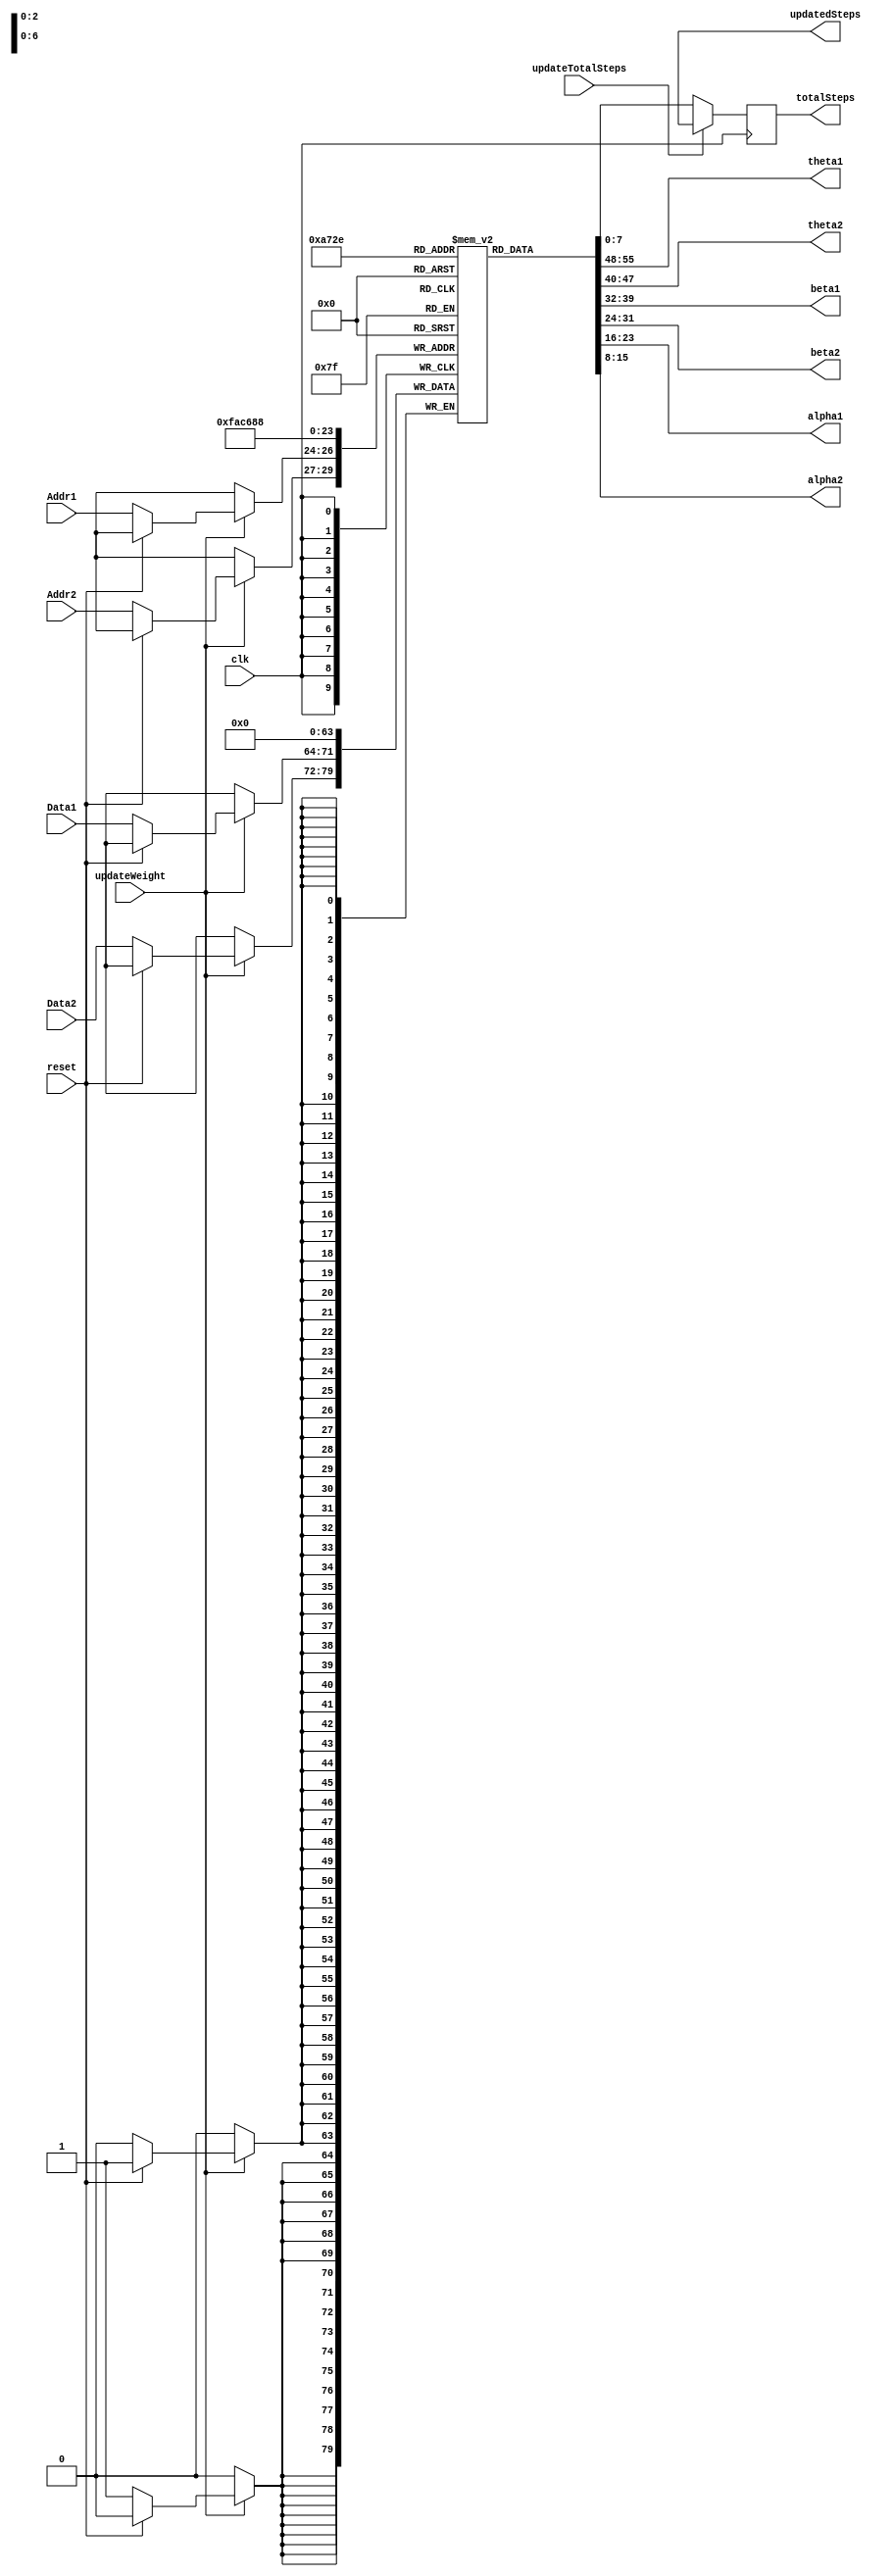
module regFile(
    clk, updateWeight, updateTotalSteps, reset, Addr1, Addr2, Data1, Data2, updatedSteps, 
    theta1, theta2, beta1, beta2, alpha1, alpha2, totalSteps
);

    input  clk;
    input  updateWeight;
    input  updateTotalSteps;
    input  reset;
    input  [2:0] Addr1, Addr2;
    input  [7:0] Data1, Data2;
    output [7:0] theta1, theta2, beta1, beta2, alpha1, alpha2;
    output reg [7:0] totalSteps;
    output [7:0] updatedSteps;

    reg [7:0] registers [7:0];
    initial begin
    registers[0] = 8'd10;  registers[1] = 8'd10;
    registers[2] = 8'd10;  registers[3] = 8'd10;
    registers[4] = 8'd10;  registers[5] = 8'd10;
    registers[6] = 8'd10;  registers[7] = 8'd10;
    end

    integer i;
    always @(posedge clk) begin
        if (updateWeight == 1'b1) begin
            if (reset == 1'b1) begin
                for (i=0; i<8; i++)
                    registers[i] = 8'b0;
            end
            else begin
              registers[Addr1] <= Data1;
              registers[Addr2] <= Data2;
            end
        end
    end
    
    assign theta1     = registers[0];
    assign theta2     = registers[1];
    assign beta1      = registers[2];
    assign beta2      = registers[3];
    assign alpha1     = registers[4];
    assign alpha2     = registers[5];
    
    always @(posedge clk) begin
        if(updateTotalSteps == 1'b1)
            totalSteps = updatedSteps;
        else 
            totalSteps = registers[6];
    end
endmodule